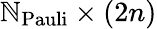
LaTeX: \mathbb{N}_{\mathrm{{Pauli}}}\times(2n)